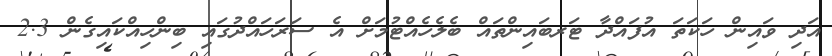
އަދި ވައިން ހަކަތަ އުފައްދާ ޓަރބައިންތައް ބެލެހެއްޓުމަށް އެ ސަރަހައްދުގައި ބިންހިއްކައިގެން 2.3